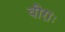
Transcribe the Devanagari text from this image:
वीराः